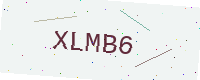
Text: XLMB6